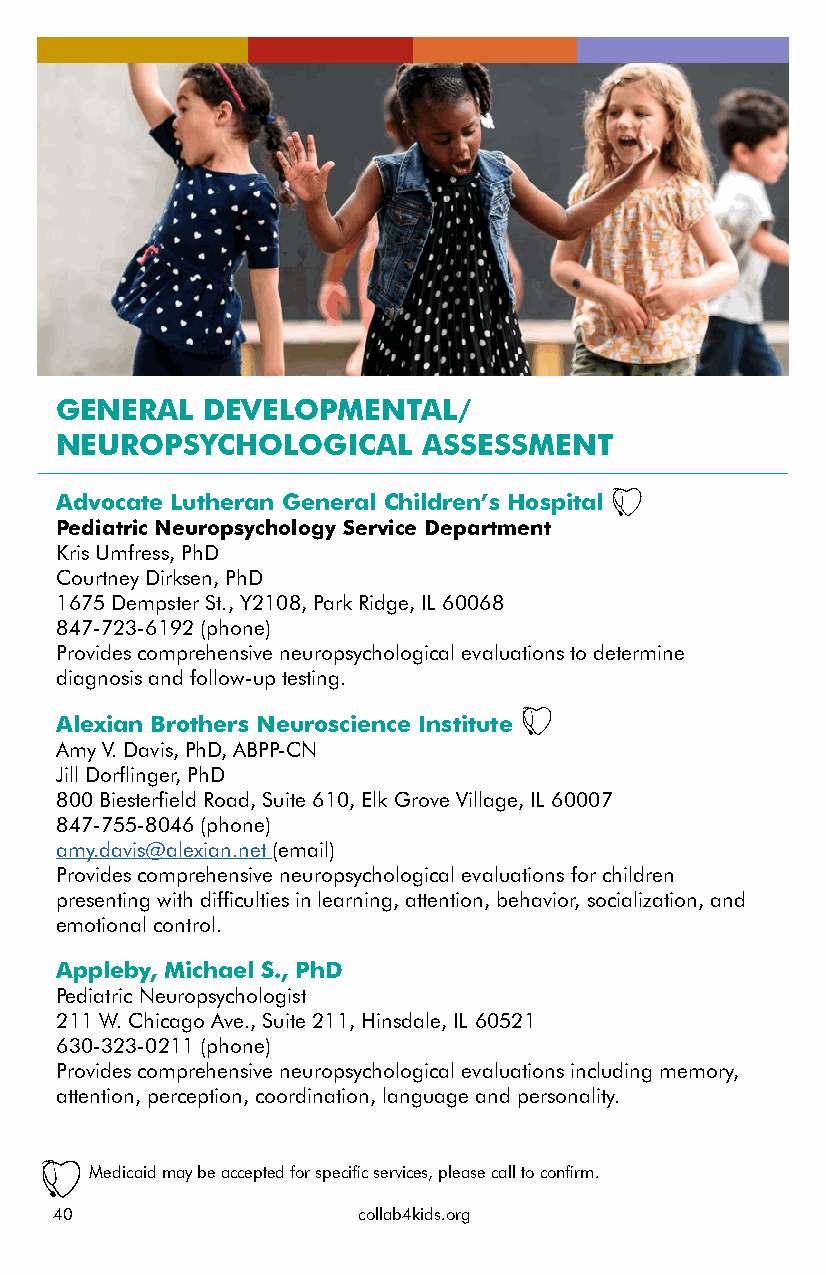
GENERAL  DEVELOPMENTAL/
 NEUROPSYCHOLOGICAL      ASSESSMENT
 Advocate Lutheran General Children’s Hospital
 Pediatric Neuropsychology Service Department
 Kris Umfress, PhD
 Courtney Dirksen, PhD
 1675 Dempster St., Y2108, Park Ridge, IL 60068
 847-723-6192 (phone)
 Provides comprehensive neuropsychological evaluations to determine
 diagnosis and follow-up testing.
 Alexian Brothers Neuroscience Institute
 Amy V. Davis, PhD, ABPP-CN
 Jill Dorflinger, PhD
 800 Biesterfield Road, Suite 610, Elk Grove Village, IL 60007
 847-755-8046 (phone)
 amy.davis@alexian.net (email)
 Provides comprehensive neuropsychological evaluations for children
 presenting with difficulties in learning, attention, behavior, socialization, and
 emotional control.
 Appleby, Michael S., PhD
 Pediatric Neuropsychologist
 211 W. Chicago Ave., Suite 211, Hinsdale, IL 60521
 630-323-0211 (phone)
 Provides comprehensive neuropsychological evaluations including memory,
 attention, perception, coordination, language and personality.
 Medicaid may be accepted for specific services, please call to confirm.
 40                  collab4kids.org